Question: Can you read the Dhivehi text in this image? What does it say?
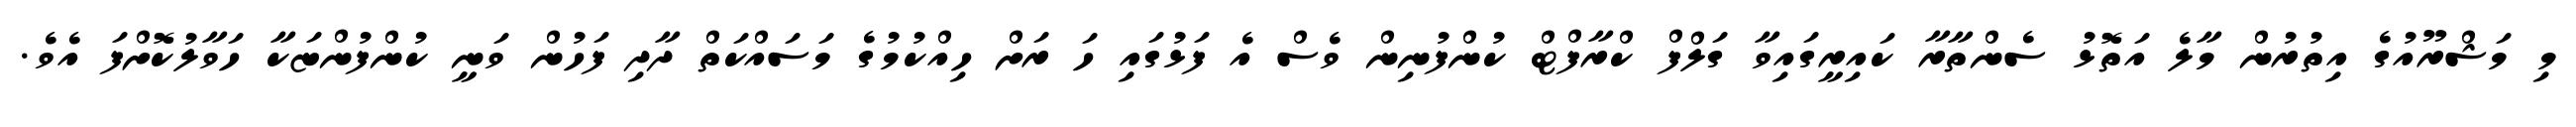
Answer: މި މަޝްރޫއުގެ އިތުރުން މާލެ އަތޮޅު ސެންތާރާ ކައިރީގައިވާ ގަލްފް ކްރާފްޓް ކުންފުނިން ވެސް އެ ފަޅުގައި ހަ ރަށް ހިއްކުމުގެ މަސައްކަތް ދާދި ފަހުން ވަނީ ކުންފުންޏަކާ ހަވާލުކޮށްފަ އެވެ.